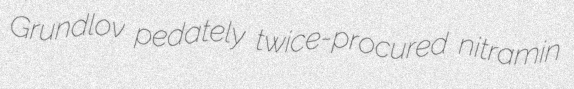
Grundlov pedately twice-procured nitramin